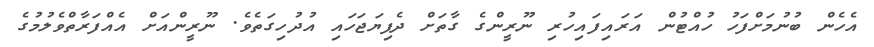
އެހެން ބުނުމަށްފަހު ހުއްޓުން އަރައިފައިހުރި ނޫރީންގެ ގާތަށް ދެފިޔަޖަހައި އުދުހިގަތެވެ. ނޫރީންއަށް އެއްފަރާތްވެލުމުގެ